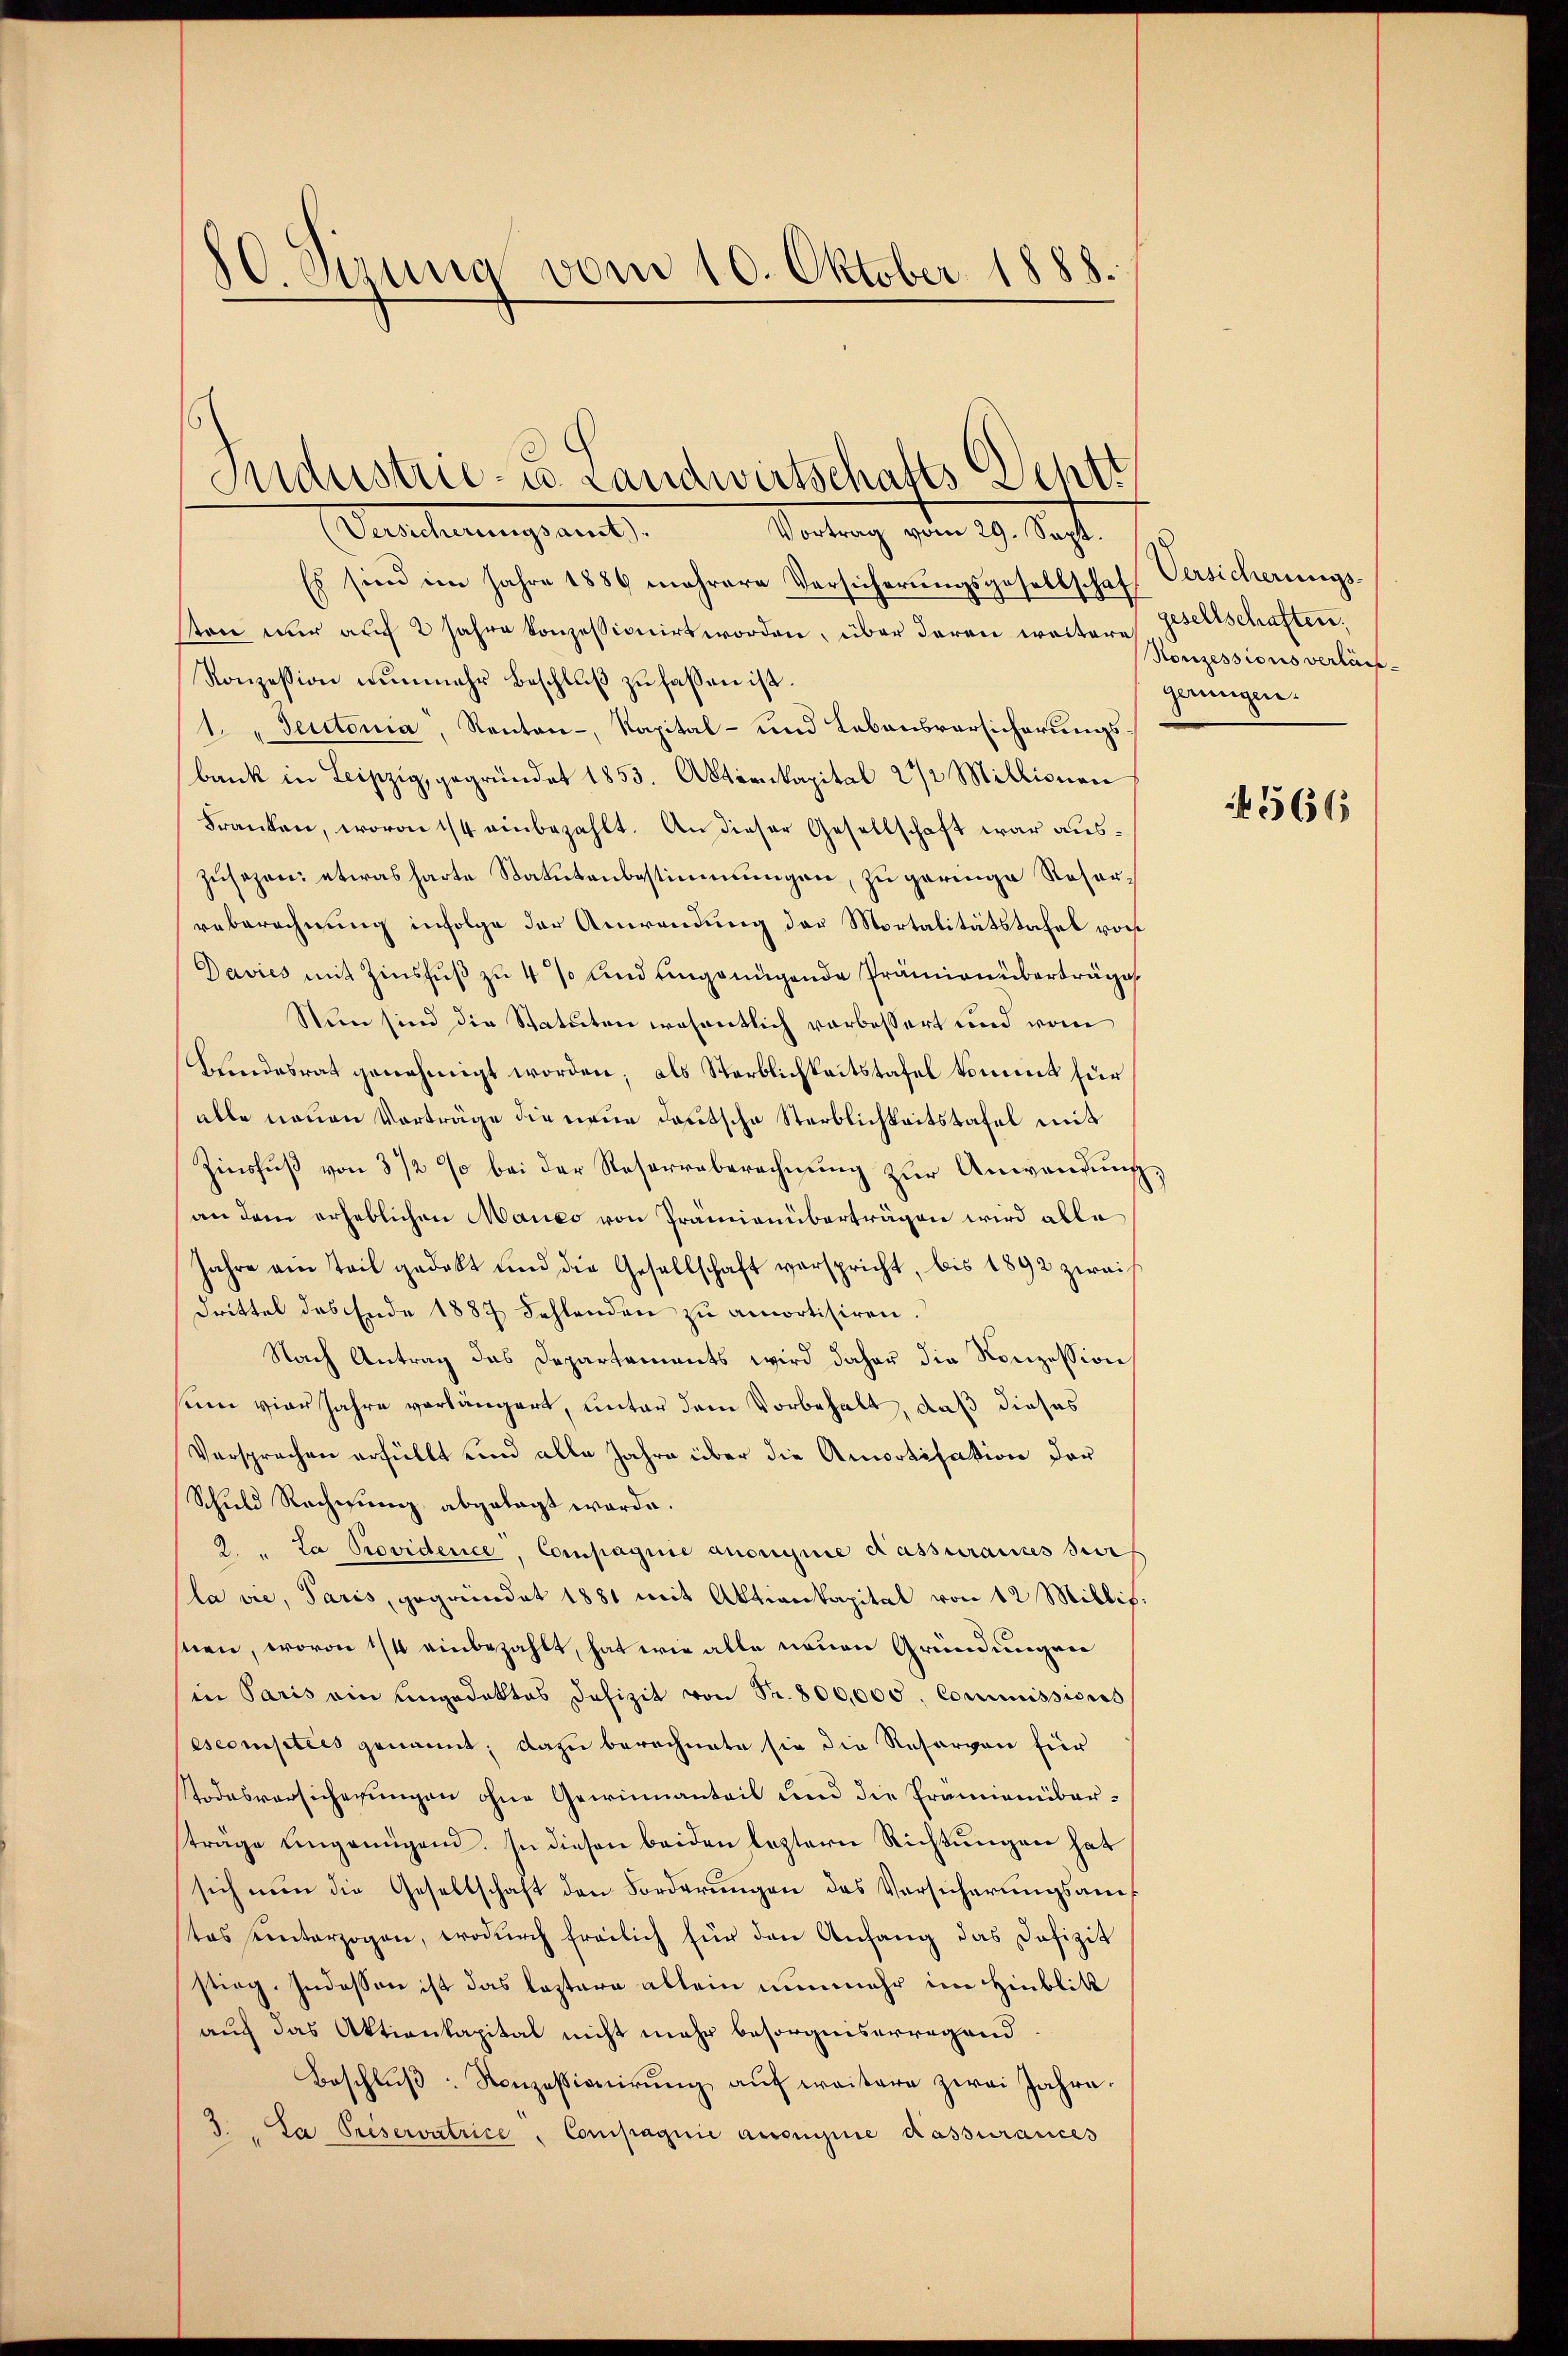
s
30. Jung vom 10. Oktober 1888.

Vortrag vom 29. Sept.
Es sind im Jahre 1886 mehrere Versicherŭngsgesellschaft Versicherungssten nur auf 2 Jahre konzessionirt worden, über deren weiter Konessions verläss-
Konzession nunmehr Beschluß zu fassen ist.
1. "Deutonia, Renten-, Kapital- und Lebensversicherungsbank in Leipzig, gegründet 1853. Aktienkapital 2 1/2 Millionen
Franken, wovon 1/4 einbezahlt. An dieser Gesellschaft war auszusagen: etwas harte Statutenbestimmungen, zu geringe Reserreberechnung infolge der Anwendung der Mortalitätstafel vorst
Davies mit Zinsfuß zu 4 % und eingenügende Prämien überträge
Nun sind die Statuten wesentlich vorbessert und vom
Kindesrat genehmigt worden; als Sterblichkeitstafel kommt für
alle neuen Vorträge die neue deutsche Sterblichkeitstafel mit
Zinsfuß von 3 1/2 % bei der Reserreberechnung zur Anwendung,
an dem erheblichen Manco von Prämienüberträgen wird able
Jahre ain Teil gedeckt und die Gesellschaft verspricht, bis 1892 zwei
drittel des Ende 1887 Fehlenden zu amortisiren.
Nach Antrag das Departements wird daher die Konzession
sein vier Jahre vorlängert, unter dem Vorbehalt, daß dieses
Versprechen erfüllt und alle Jahre über die Amortisation der
Schŭld Rechnŭng abgelegt werde.
2 " La Providence, Compagnie ansignie Kassurances durf
la vie, Paris, gegründet 1881 mit Aktienkapital von 12 Millip.
snen, wovon 1/4 einbezahlt, hat wie alle neuen Gründungen
in Paris ein Ungedektes Defizit von Fr. 800,000, Commissions
escomisties genannt; dazu berechnete sie die Reservon für
Todesversicherungen ohne Gewinnanteil und die Prämienüberträge ungenügend. In diesen beiden leztern Richtungen hat
sich nun die Gesellschaft den Forderungen das Versicherungsantas unterzogen, wodurch freilich für den Anfang das Defizit
stieg. Indessen ist das leztere allein nunmehr im Hinblik
auch das Aktienkapital nicht mehr besorgniserregend.
Beschlŭβ: Konzessionirŭng aŭf weitere zwei Jahre.
J. La Préservatrice Compagnie aussignie Kassurances

Secretung amt

Industrie- u. Landwirtschafts Dehtt

gesellschaften.
gerungen.

566